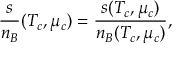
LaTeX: { \frac { s } { n _ { B } } } ( T _ { c } , \mu _ { c } ) = { \frac { s ( T _ { c } , \mu _ { c } ) } { n _ { B } ( T _ { c } , \mu _ { c } ) } } ,